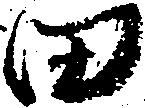
田